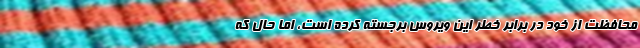
محافظت از خود در برابر خطر این ویروس برجسته کرده است، اما حال که